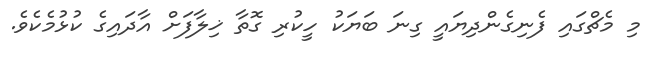
މި މެޗްގައި ފެނިގެންދިޔައީ ގިނަ ބަޔަކު ހީކުރި ގޮތާ ޚިލާފަށް އާދައިގެ ކުޅުމެކެވެ.